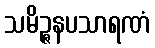
သမိဉ္ဇနပသာရဏံ